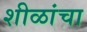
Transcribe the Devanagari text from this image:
शीळांचा